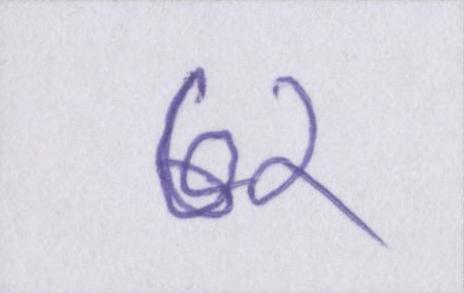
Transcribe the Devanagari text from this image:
७२